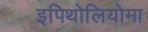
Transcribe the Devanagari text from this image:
इपिथोलियोमा